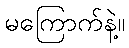
မကြောက်နဲ့။